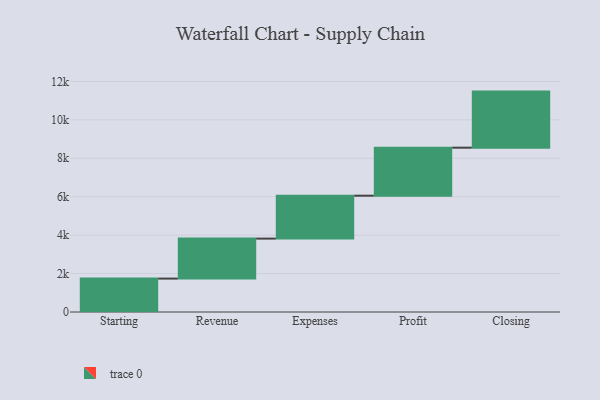
{"axis": {"x": "Step", "y": "Value"}, "legend": [""], "data": [{"x": "Starting", "y": 1739.0, "type": ""}, {"x": "Revenue", "y": 2081.0, "type": ""}, {"x": "Expenses", "y": 2233.0, "type": ""}, {"x": "Profit", "y": 2499.0, "type": ""}, {"x": "Closing", "y": 2919.0, "type": ""}]}